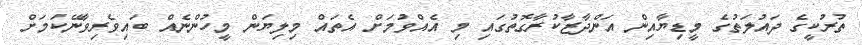
ތުރުކީގެ ދައުލަތުގެ މީޑިޔާއިން އަންދާޒާކުރާގޮތުގައި މި އެއްވުމަށް އެތައް މިލިޔަން މީހުންނެއް ބައިވެރިވާނޭކަމަށް